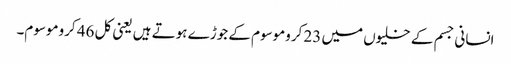
انسانی جسم کے خلیوں میں 23 کروموسوم کے جوڑے ہوتے ہیں یعنی کل 46 کروموسوم۔